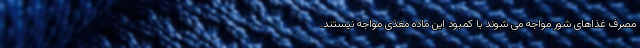
مصرف غذاهای شور مواجه می شوند با کمبود این ماده مغذی مواجه نیستند.